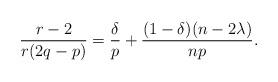
LaTeX: \begin{align*}\dfrac{r-2}{r(2q-p)}= \dfrac{\delta}{p}+ \dfrac{(1-\delta)(n-2 \lambda)}{np}.\end{align*}